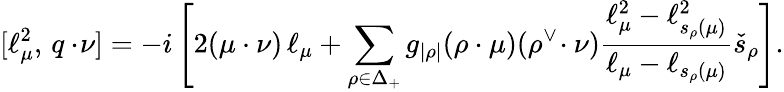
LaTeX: [\ell_{\mu}^{2},\, q\cdot\! \nu]=-i\left[2(\mu\cdot\nu)\, \ell_{\mu}+\sum_{\rho\in\Delta_{+}}g_{|\rho|}(\rho\cdot\mu)(\rho^{\vee}\! \cdot\nu)\frac{\ell_{\mu}^{2}-\ell_{s_{\rho}(\mu)}^{2}}{\ell_{\mu}-\ell_{s_{\rho}(\mu)}}\check{s}_{\rho}\right].